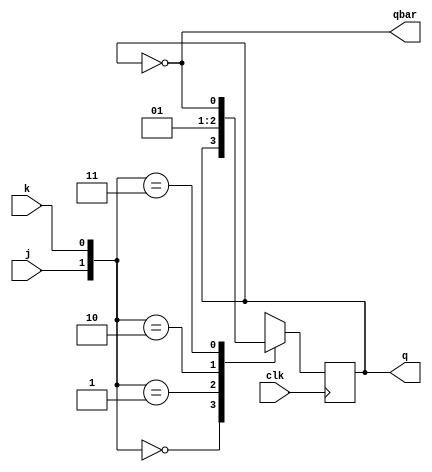
`timescale 1ns / 1ps
//////////////////////////////////////////////////////////////////////////////////
// Company: 
// Engineer: 
// 
// Design Name: 
// Module Name: sr_using_jk
// Project Name: 
// Target Devices: 
// Tool Versions: 
// Description: 
// 
// Dependencies: 
// 
// Revision:
// Revision 0.01 - File Created
// Additional Comments:
// 
//////////////////////////////////////////////////////////////////////////////////
module jk_ff(input clk,j,k,output qbar,output reg q);
assign qbar=~q;
always@(posedge clk)
begin
case({j,k})
2'b00:q<=q;
2'b01:q<=0;
2'b10:q<=1;
2'b11:q<=~q;
endcase
end
endmodule

module sr_using_jk(
    input clk,
    input s,
    input r,
    output q,
    output qbar
    );
 jk_ff jk(clk,s,r,q,qbar);
 //assign qbar=~q;
endmodule